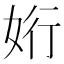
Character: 𮱀